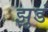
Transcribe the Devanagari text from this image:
झुडं